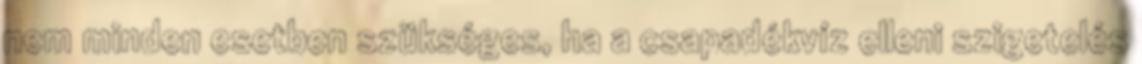
nem minden esetben szükséges, ha a csapadékvíz elleni szigetelés